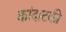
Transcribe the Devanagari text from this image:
कांदाटकी